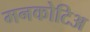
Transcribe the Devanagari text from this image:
मनकोटिअ